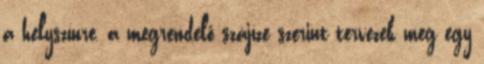
a helyszínre, a megrendelő szájíze szerint tervezek meg egy